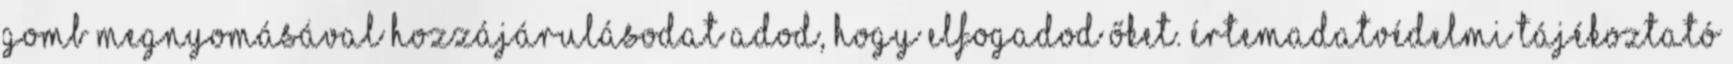
gomb megnyomásával hozzájárulásodat adod, hogy elfogadod őket. ÉrtemAdatvédelmi Tájékoztató